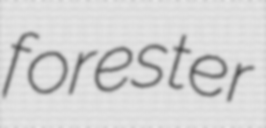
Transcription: forester